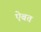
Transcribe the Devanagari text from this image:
ऐबत